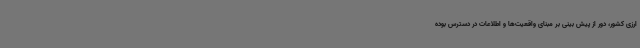
ارزی کشور، دور از پیش بینی بر مبنای واقعیت‌ها و اطلاعات در دسترس بوده